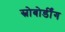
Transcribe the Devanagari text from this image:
स्नोबोर्डींग